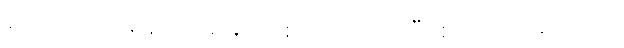
လေကြောင်းရန်ကို အမြဲတစေ သတိထားပြီး စာသင်ကြရတာပါ။